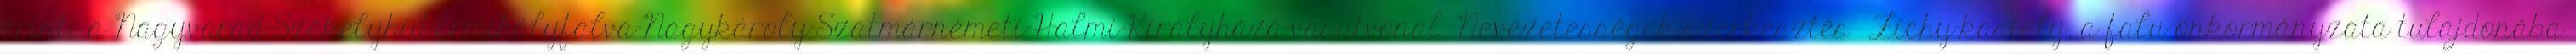
érinti a Nagyvárad–Székelyhíd–Érmihályfalva–Nagykároly–Szatmárnémeti–Halmi–Királyháza-vasútvonal. Nevezetességek szerkesztés Zichy-kastély, a falu önkormányzata tulajdonába